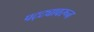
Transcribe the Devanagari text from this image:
पट्ट्यावरून